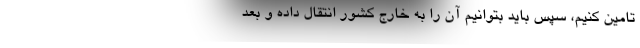
تامین کنیم، سپس باید بتوانیم آن را به خارج کشور انتقال داده و بعد